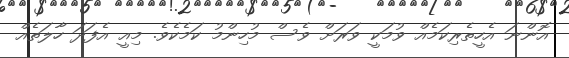
އޮންނަ އެހީތެރިކަމެއް ވުމަކީ ވަރަށް ވެސް މުހިންމު ކަމެކެވެ. މިއީ އެފަދަ ހާލަތެއް